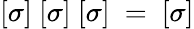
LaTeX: [\sigma]~[\sigma]~[\sigma]~=~[\sigma]